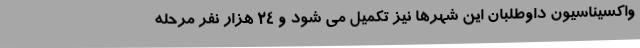
واکسیناسیون داوطلبان این شهرها نیز تکمیل می شود و ۲۴ هزار نفر مرحله